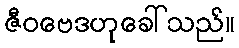
ဇီဝဗေဒဟုခေါ်သည်။